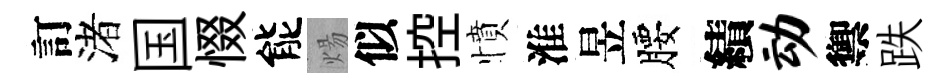
訂渚国惙能煬似控憤淮昱腰績动禦跌